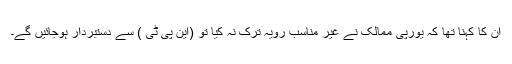
ان کا کہنا تھا کہ یورپی ممالک نے غیر مناسب رویہ ترک نہ کیا تو (این پی ٹی ) سے دستبردار ہوجائیں گے۔